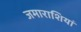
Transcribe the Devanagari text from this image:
जमाराशियां